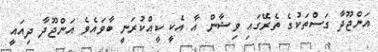
އަންޖޫދާ ގަސްތަކުގެ ތެރޭގައި ވިޝާން އާ އެކީ ކީއްކުރަނީ ބާވައެވެ އަންޖޫދާ ދިއައީ